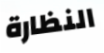
النظارة